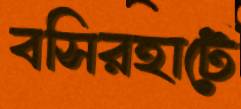
বসিরহাটে